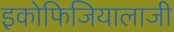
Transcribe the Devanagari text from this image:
इकोफिजियालाजी